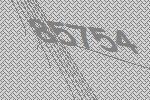
85754